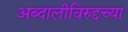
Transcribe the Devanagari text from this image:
अब्दालीविरुद्दच्या